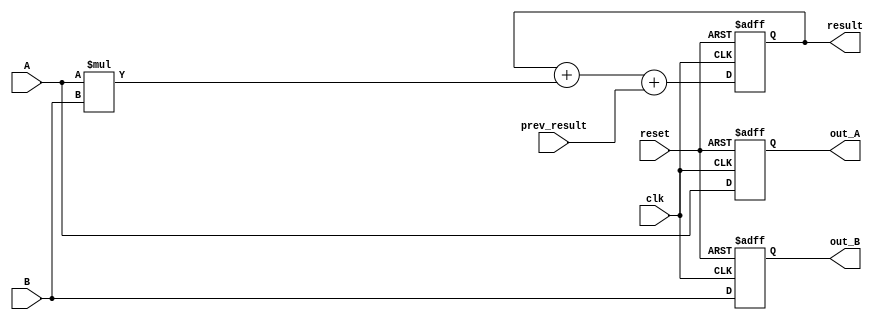
module PE (
    input clk,
    input reset,
    input [15:0] A,     // Input multiplicand
    input [15:0] B,     // Input multiplier
    input [31:0] prev_result, // Input from previous PE (accumulated result)
    output reg [31:0] result, // Output to next PE
    output reg [15:0] out_A,   // Output A to next column PE
    output reg [15:0] out_B    // Output B to next row PE
);
    always @(posedge clk or posedge reset) begin
        if (reset) begin
            result <= 0;
            out_A <= 0;
            out_B <= 0;
        end else begin
            // Each PE multiplies and accumulates results
            result <= result + (A * B) + prev_result;
            out_A <= A;  // Pass A to the next PE
            out_B <= B;  // Pass B to the next PE
        end
    end
endmodule